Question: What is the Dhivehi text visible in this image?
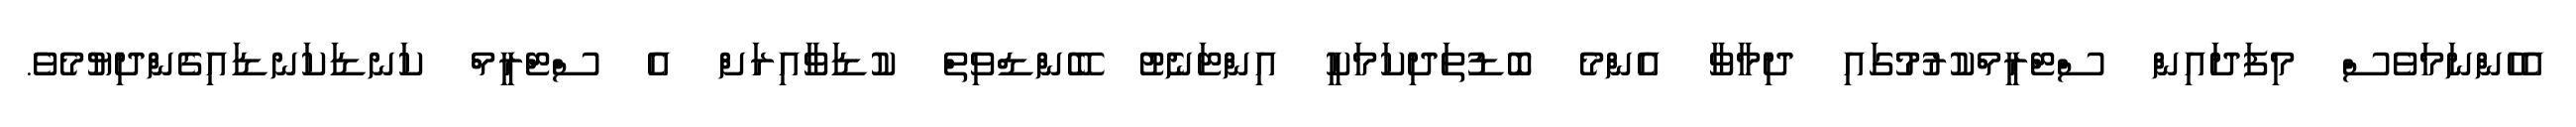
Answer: އެހެންނަމަވެސް މިފަދައިން ސްޓްރީމްކުރުމުގައި ދިމާވާ އެންމެ ބޮޑުތަދިކަމަކީ އިންޓަނެޓު ބޭންޑްވިތް ކުޑަވާއިރަށް އެ ސްޓްރީމް ކަނޑަކަނޑައިގެންދިޔުމެވެ.